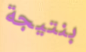
بنتيجة